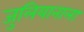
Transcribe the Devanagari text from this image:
जुलियानाला